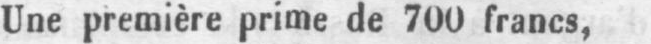
Une première prime de 700 francs,